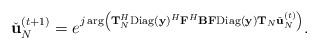
LaTeX: \begin{align*}\check{\mathbf{u}}^{(t+1)}_N = e^{j\arg\left(\mathbf{T}_N^H\mathrm{Diag}(\mathbf{y})^H\mathbf{F}^{H}\mathbf{B}\mathbf{F}\mathrm{Diag}(\mathbf{y})\mathbf{T}_N\check{\mathbf{u}}^{(t)}_N\right)}.\end{align*}